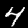
Label: 4